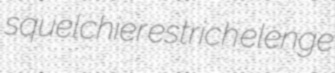
squelchier estrich elenge